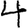
Digit: 4